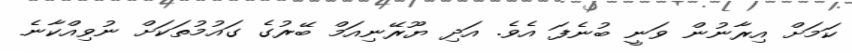
ކަމަށް އިރާނުން ވަނީ ބުނެފަ އެވެ. އަދި ޔޫރޭނިއަމް ބޭރުގެ ގައުމުތަކަށް ނުވިއްކާނެ